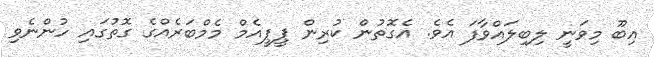
އިބޫ މިވަނީ ލިބިލައްވާފަ އެވެ. އެގޮތުން ކުރިން ޕީޕީއެމް މެމްބަރެއްގެ ގޮތުގައި ހުންނެވި